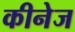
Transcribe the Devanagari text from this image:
कीनेज